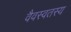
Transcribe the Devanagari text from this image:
वैवस्वतस्य